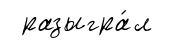
разыгра́л